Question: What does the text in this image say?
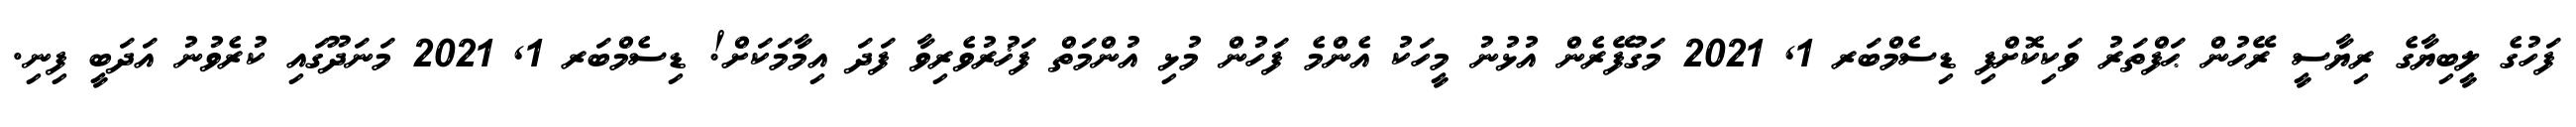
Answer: ފަހުގެ ލީބިޔާގެ ރިޔާސީ ރޭހުން ޙަފްތަރު ވަކިކޮށްފި ޑިސެމްބަރ 1, 2021 މަގުފޭރެން އުޅުނު މީހަކު އެންމެ ފަހުން މުޅި އުންމަތް ފަޚުރުވެރިވާ ފަދަ އިމާމަކަށް! ޑިސެމްބަރ 1, 2021 މަނަދޫގައި ކުރެވުނު އަދަބީ ފިނި.